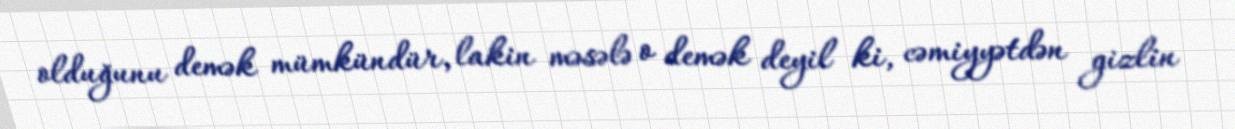
olduğunu demək mümkündür, lakin məsələ o demək deyil ki, cəmiyyətdən gizlin